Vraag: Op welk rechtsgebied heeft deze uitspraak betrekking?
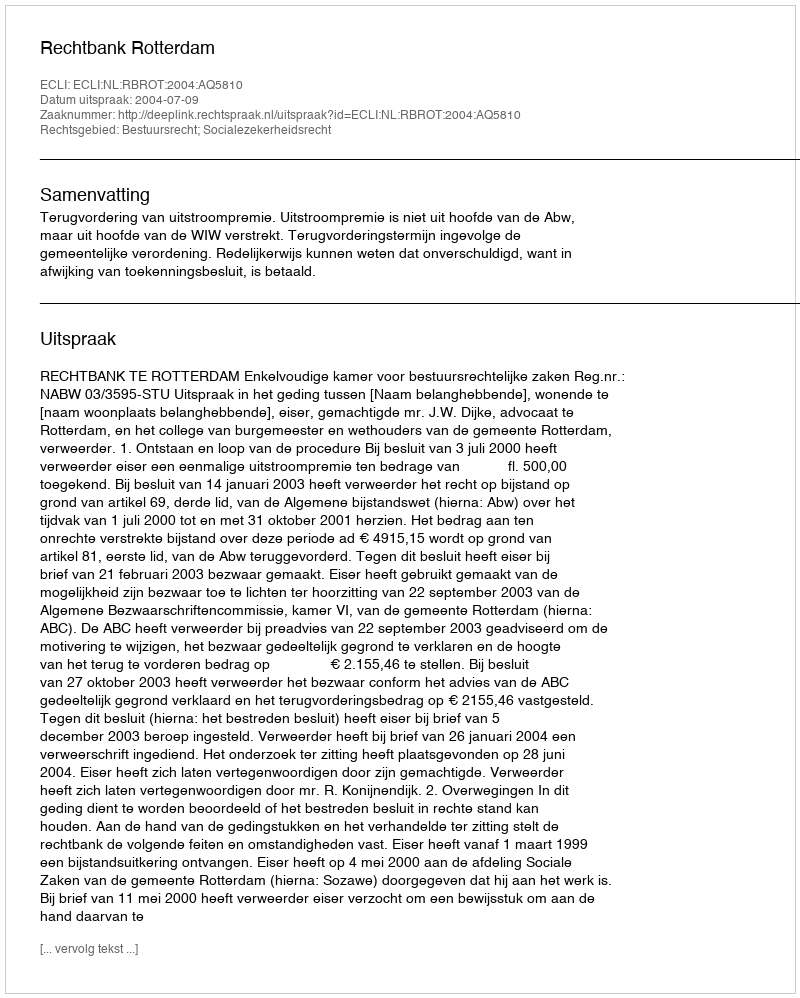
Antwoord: Bestuursrecht; Socialezekerheidsrecht